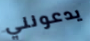
يدعونني